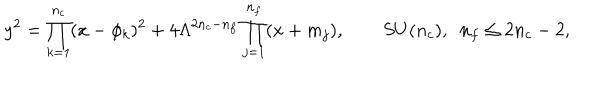
LaTeX: y ^ { 2 } = \prod _ { k = 1 } ^ { n _ { c } } ( x - \phi _ { k } ) ^ { 2 } + 4 \Lambda ^ { 2 n _ { c } - n _ { f } } \prod _ { j = 1 } ^ { n _ { f } } ( x + m _ { j } ) , \qquad S U ( n _ { c } ) , \, \, \, n _ { f } \le 2 n _ { c } - 2 ,